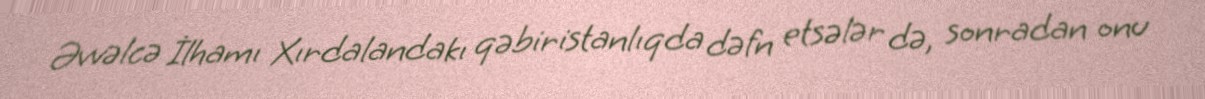
Əvvəlcə İlhamı Xırdalandakı qəbiristanlıqda dəfn etsələr də, sonradan onu